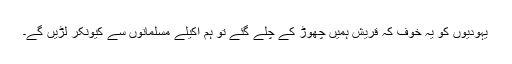
یہودیوں کو یہ خوف کہ قریش ہمیں چھوڑ کے چلے گئے تو ہم اکیلے مسلمانوں سے کیونکر لڑیں گے۔